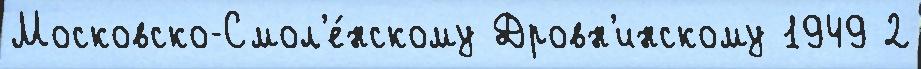
Московско-Смол'е́нскому Дровн'инскому 1949 2